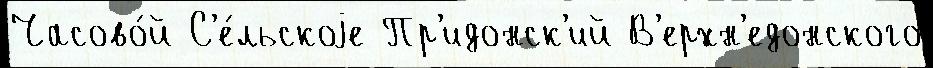
Часово́й С'е́льскоjе Пр'идонск'ий В'ерхн'едонского